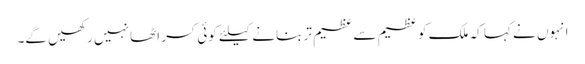
انہوں نے کہا کہ ملک کو عظیم سے عظیم تر بنانے کیلئے کوئی کسر اٹھا نہیں رکھیں گے۔